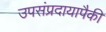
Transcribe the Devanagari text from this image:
उपसंप्रदायापैकी